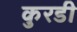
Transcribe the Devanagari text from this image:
कुरडी